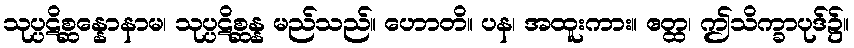
သုပ္ပဋိစ္ဆန္နောနာမ၊ သုပ္ပဋိစ္ဆန္န မည်သည်။ ဟောတိ။ ပန၊ အထူးကား။ ဧတ္ထ၊ ဤသိက္ခာပုဒ်၌။